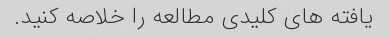
یافته های کلیدی مطالعه را خلاصه کنید.